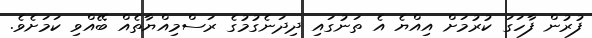
ފުރުން ފާހަގަ ކުރުމަށް އިއްޔެ އެ ތަނުގައި ދިދަނެގުމުގެ ރަސްމިއްޔާތެއް ބޭއްވި ކަމަށެވެ.